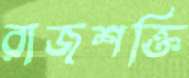
রাজশক্তি